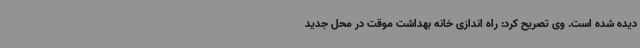
دیده شده است. وی تصریح کرد: راه اندازی خانه بهداشت موقت در محل جدید